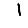
Digit: 1